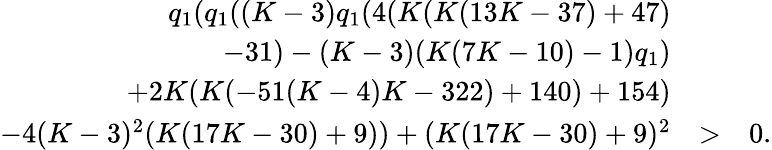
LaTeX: \begin{array}{rlr}{q_{1}(q_{1}((K-3)q_{1}(4(K(K(13K-37)+47)}&{}&\\ {-31)-(K-3)(K(7K-10)-1)q_{1})}&{}&\\ {+2K(K(-51(K-4)K-322)+140)+154)}&{}&\\ {-4(K-3)^{2}(K(17K-30)+9))+(K(17K-30)+9)^{2}}&{>}&{0.}\end{array}